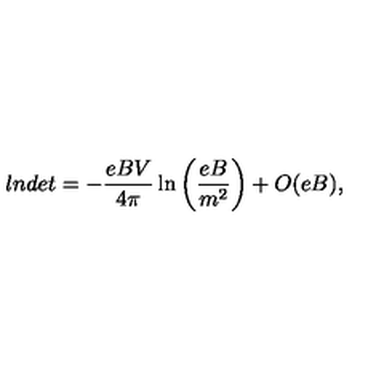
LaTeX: l n d e t = - \frac { e B V } { 4 \pi } \ln \left( \frac { e B } { m ^ { 2 } } \right) + O ( e B ) ,